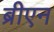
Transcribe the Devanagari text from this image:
ब्रीएन